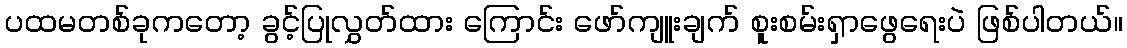
ပထမတစ်ခုကတော့ ခွင့်ပြုလွှတ်ထား ကြောင်း ဖော်ကျူးချက် စူးစမ်းရှာဖွေရေးပဲ ဖြစ်ပါတယ်။